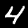
Label: 4